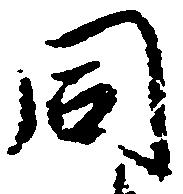
同